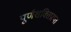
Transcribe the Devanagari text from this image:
पूर्णशक्तिप्राप्त